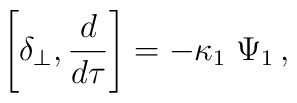
\left[ \delta_\perp , {d \over d\tau}  \right] =  - \kappa_1 \;  \Psi_1  \,,